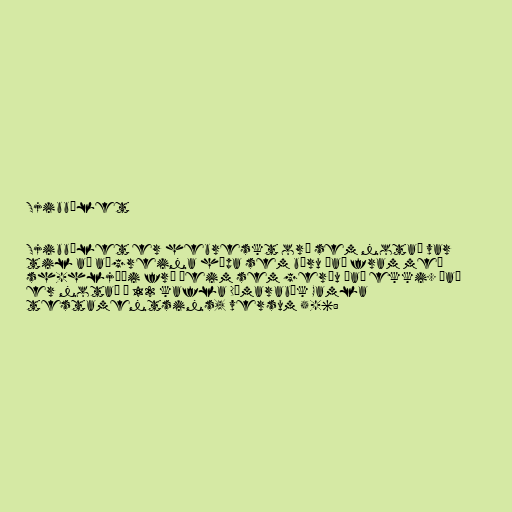
Sjibbólet

Sjibbólet er hebreskt orð sem notað var
til að aðgreina hópa sem báru það fram með
sh-hljóði frá þeim sem gerðu það ekki. Það
er notað í 12 kafla Dómarabók Gamla
testamentsins, versum 5-6: